Report of the Indian Hemp Drugs Commission, 1894-1895 - Volume IV
Year: 1894
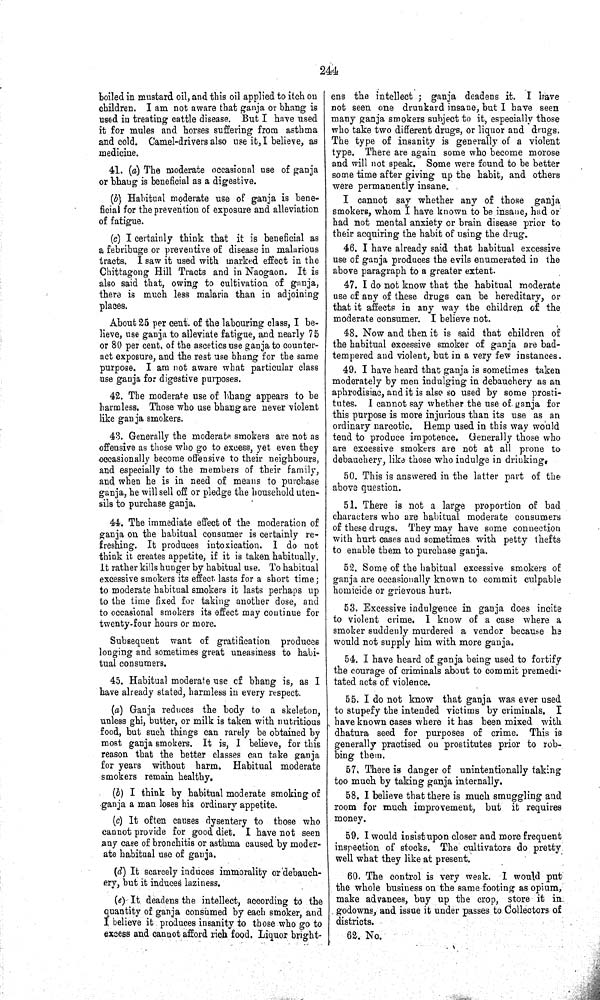
244
boiled in mustard oil, and this oil applied to itch on
children. I am not aware that ganja or bhang is
used in treating cattle disease. But I have used
it for mules and horses suffering from asthma
and cold. Camel-drivers also use it, I believe, as
medicine.
41. (a) The moderate occasional use of ganja
or bhang is beneficial as a digestive.
(b) Habitual moderate use of ganja is bene-
ficial for the prevention of exposure and alleviation
of fatigue.
(c) I certainly think that it is beneficial as
a febribuge or preventive of disease in malarious
tracts. I saw it used with marked effect in the
Chittagong Hill Tracts and in Naogaon. It is
also said that, owing to cultivation of ganja,
there is much less malaria than in adjoining
places.
About 25 per cent. of the labouring class, I be-
lieve, use ganja to alleviate fatigue, and nearly 75
or 80 per cent, of the ascetics use ganja to counter-
act exposure, and the rest use bhang for the same
purpose. I am not aware what particular class
use ganja for digestive purposes.
42. The moderate use of bhang appears to be
harmless. Those who use bhang are never violent
like ganja smokers.
43. Generally the moderate smokers are not as
offensive as those who go to excess, yet even they
occasionally become offensive to their neighbours,
and especially to the members of their family,
and when he is in need of means to purchase
ganja, he will sell off or pledge the household uten-
sils to purchase ganja.
44. The immediate effect of the moderation of
ganja on the habitual consumer is certainly re-
freshing. It produces intoxication. I do not
think it creates appetite, if it is taken habitually.
It rather kills hunger by habitual use. To habitual
excessive smokers its effect lasts for a short time;
to moderate habitual smokers it lasts perhaps up
to the time fixed for taking another dose, and
to occasional smokers its effect may continue for
twenty-four hours or more.
Subsequent want of gratification produces
longing and sometimes great uneasiness to habi-
tual consumers.
45. Habitual moderate use of bhang is, as I
have already stated, harmless in every respect.
(a) Ganja reduces the body to a skeleton,
unless ghi, butter, or milk is taken with nutritious
food, but such things can rarely be obtained by
most ganja smokers. It is, I believe, for this
reason that the better classes can take ganja
for years without harm. Habitual moderate
smokers remain healthy.
(b) I think by habitual moderate smoking of
ganja a man loses his ordinary appetite.
(c) It often causes dysentery to those who
cannot provide for good diet. I have not seen
any case of bronchitis or asthma caused by moder-
ate habitual use of ganja.
(d) It scarcely induces immorality or debauch-
ery, but it induces laziness.
(e) It deadens the intellect, according to the
quantity of ganja consumed by each smoker, and
I believe it produces insanity to those who go to
excess and cannot afford rich food. Liquor bright-
ens the intellect; ganja deadens it. I have
not seen one drunkard insane, but I have seen
many ganja smokers subject to it, especially those
who take two different drugs, or liquor and drugs.
The type of insanity is generally of a violent
type. There are again some who become morose
and will not speak. Some were found to be better
some time after giving up the habit, and others
were permanently insane.
I cannot say whether any of those ganja
smokers, whom I have known to be insane, had or
had not mental anxiety or brain disease prior to
their acquiring the habit of using the drug.
46. I have already said that habitual excessive
use of ganja produces the evils enumerated in the
above paragraph to a greater extent.
47. I do not know that the habitual moderate
use of any of these drugs can be hereditary, or
that it affects in any way the children of the
moderate consumer. I believe not.
48. Now and then it is said that children of
the habitual excessive smoker of ganja are bad-
tempered and violent, but in a very few instances.
49. I have heard that ganja is sometimes taken
moderately by men indulging in debauchery as an
aphrodisiac, and it is also so used by some prosti-
tutes. I cannot say whether the use of ganja for
this purpose is more injurious than its use as an
ordinary narcotic. Hemp used in this way would
tend to produce impotence. Generally those who
are excessive smokers are not at all prone to
debauchery, like those who indulge in drinking.
50. This is answered in the latter part of the
above question.
51. There is not a large proportion of bad
characters who are habitual moderate consumers
of these drugs. They may have some connection
with hurt cases and sometimes with petty thefts
to enable them to purchase ganja.
52. Some of the habitual excessive smokers of
ganja are occasionally known to commit culpable
homicide or grievous hurt.
53. Excessive indulgence in ganja does incite
to violent crime. I know of a case where a
smoker suddenly murdered a vendor because he
would not supply him with more ganja.
54. I have heard of ganja being used to fortify
the courage of criminals about to commit premedi-
tated acts of violence.
55. I do not know that ganja was ever used
to stupefy the intended victims by criminals. I
have known cases where it has been mixed with
dhatura seed for purposes of crime. This is
generally practised on prostitutes prior to rob-
bing them.
57. There is danger of unintentionally taking
too much by taking ganja internally.
58. I believe that there is much smuggling and
room for much improvement, but it requires
money.
59. I would insist upon closer and more frequent
inspection of stocks. The cultivators do pretty
well what they like at present.
60. The control is very weak. I would put
the whole business on the same footing as opium,
make advances, buy up the crop, store it in
godowns, and issue it under passes to Collectors of
districts.
62. No.